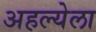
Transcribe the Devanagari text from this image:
अहल्येला